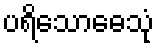
ပရိသောဓေသုံ